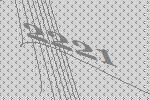
2221